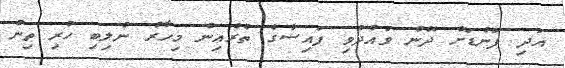
އަދި ފަންޑަށް ދޭން ވައުދުވި ފައިސާގެ ތެރެއިން މިހާރު ނުލިބި ހުރި ތިން